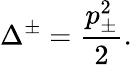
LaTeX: \Delta^{\pm}=\displaystyle\frac{p_{\pm}^{2}}{2}.